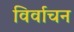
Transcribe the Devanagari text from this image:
विर्वाचन